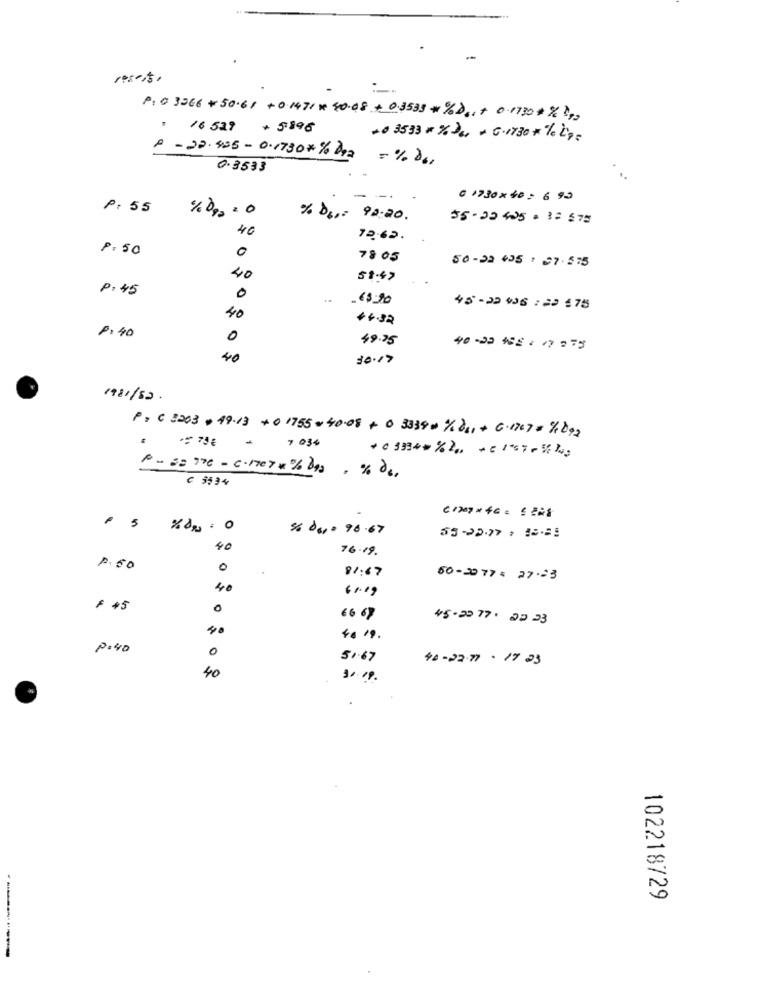
P: 0 3366 +50.61 + 0 1471 # 40.08 + 0.3533 # %Do,+ 0.1730# X 2 ,,
. 16 539 + 5198
+0 3533 x % DE, + G.1730 *% Lp:
1 - 22.455 - 0.1730x% Dra
= % ) ,,
0.3533
0 1730 ×40 = 6 93
P: 55
% D .,- 92.20.
55- 22 405+ 3: 575
40
72-65.
P.50
0
78 05
50-22 405 : 27-575
40
51.47
P.45
0
. €$ 20
45-2246 :20 175
40
44.92
P:40
0
49.35
40-22 +SE : 17:75
40
30.17
1981/52
P= C 3203 + 49.13 + 0 1755 = 40.08 + 0 3334 # 1/ 201 + 6.1707 = " 292
7 034
P= == 776 - 6.1707x% das , % de.
C 3534
% das= 96.67
40
76-49.
1.60
0
.
92:67
60-2077: 27-23
40
61.19
$ 45
0
66 67
45-23 77. 22 23
40
4. 19 .
p :40
0
51.67
46-22.77- 17 23
40
30.19.
102218729